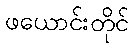
ဖယောင်းတိုင်